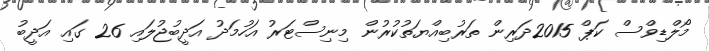
މޯލްޑިވްސް ކަޕް 2015ދަރިން ތަރުބިއްޔަތުކުރުން މިނިސްޓަރު އަހުމަދު އަދީބުޖުލައި 26 ގައި އަދީބު